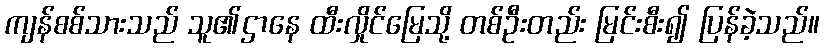
ကျန်စစ်သားသည် သူ၏ဌာနေ ထီးလှိုင်မြေသို့ တစ်ဦးတည်း မြင်းစီး၍ ပြန်ခဲ့သည်။